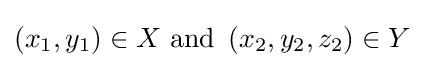
\left(x_{1},y_{1}\right)\in X{\text{ and }}\left(x_{2},y_{2},z_{2}\right)\in Y